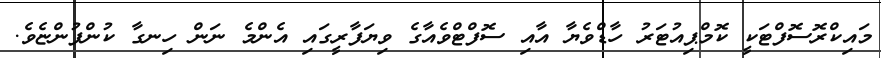
މައިކްރޮސޮފްޓަކީ ކޮމްޕިއުޓަރު ހާޑްވެޔާ އާއި ސޮފްޓްވެއާގެ ވިޔަފާރީގައި އެންމެ ނަން ހިނގާ ކުންފުންޏެވެ.